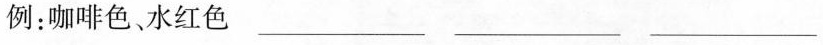
例：咖啡色、水红色_________ _________ _________